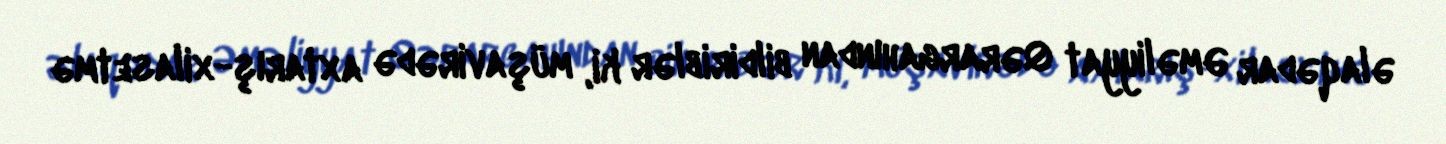
əlaqədar Əməliyyat Qərargahından bildiriblər ki, müşavirədə axtarış-xilasetmə